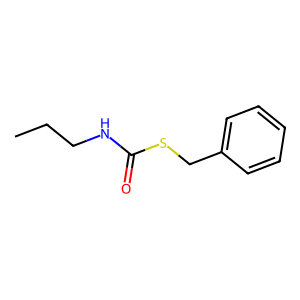
SMILES: CCCNC(=O)SCc1ccccc1
Inhibits HIV replication: No